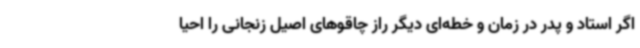
اگر استاد و پدر در زمان و خطه‌ای دیگر راز چاقوهای اصیل زنجانی را احیا